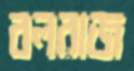
বলরাজ